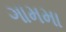
ગામમા